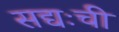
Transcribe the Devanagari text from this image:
सद्यःची